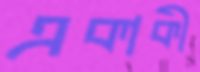
একাকী